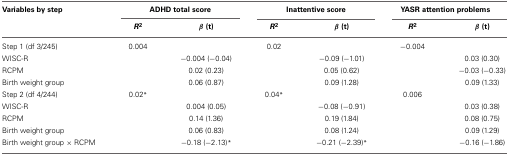
<table><thead><tr><td><b>Variables by step</b></td><td colspan="2"><b>ADHD total score</b></td><td colspan="2"><b>Inattentive score</b></td><td colspan="2"><b>YASR attention problems</b></td></tr><tr><td></td><td><b><i>R</i><sup>2</sup></b></td><td><b>β (t)</b></td><td><b><i>R</i><sup>2</sup></b></td><td><b>β (t)</b></td><td><b><i>R</i><sup>2</sup></b></td><td><b>β (t)</b></td></tr></thead><tbody><tr><td>Step 1 (df 3/245)</td><td>0.004</td><td></td><td>0.02</td><td></td><td>−0.004</td><td></td></tr><tr><td>WISC-R</td><td></td><td>−0.004 (−0.04)</td><td></td><td>−0.09 (−1.01)</td><td></td><td>0.03 (0.30)</td></tr><tr><td>RCPM</td><td></td><td>0.02 (0.23)</td><td></td><td>0.05 (0.62)</td><td></td><td>−0.03 (−0.33)</td></tr><tr><td>Birth weight group</td><td></td><td>0.06 (0.87)</td><td></td><td>0.09 (1.28)</td><td></td><td>0.09 (1.33)</td></tr><tr><td>Step 2 (df 4/244)</td><td>0.02<sup>*</sup></td><td></td><td>0.04<sup>*</sup></td><td></td><td>0.006</td><td></td></tr><tr><td>WISC-R</td><td></td><td>0.004 (0.05)</td><td></td><td>−0.08 (−0.91)</td><td></td><td>0.03 (0.38)</td></tr><tr><td>RCPM</td><td></td><td>0.14 (1.36)</td><td></td><td>0.19 (1.84)</td><td></td><td>0.08 (0.75)</td></tr><tr><td>Birth weight group</td><td></td><td>0.06 (0.83)</td><td></td><td>0.08 (1.24)</td><td></td><td>0.09 (1.29)</td></tr><tr><td>Birth weight group × RCPM</td><td></td><td>−0.18 (−2.13)<sup>*</sup></td><td></td><td>−0.21 (−2.39)<sup>*</sup></td><td></td><td>−0.16 (−1.86)</td></tr></tbody></table>